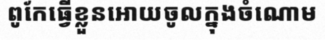
ពូកែធ្វើខ្លួនអោយចូលក្នុងចំណោម